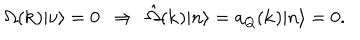
LaTeX: \Omega ( { \bf k } ) | \nu \rangle = 0 \ \ \Rightarrow \ \ \hat { \Omega } ( { \bf k } ) | n \rangle = a _ { Q } ( { \bf k } ) | n \rangle = 0 .